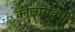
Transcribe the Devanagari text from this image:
कालासंबंधीं